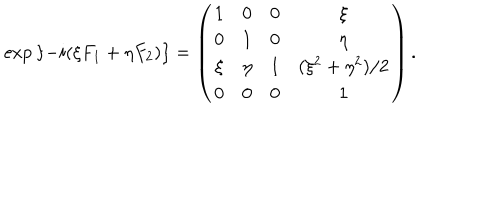
LaTeX: \exp { \left\{ - i ( \xi F _ { 1 } + \eta F _ { 2 } ) \right\} } = \left( \begin{matrix} { { 1 } } & { { 0 } } & { { 0 } } & { { \xi } } \\ { { 0 } } & { { 1 } } & { { 0 } } & { { \eta } } \\ { { \xi } } & { { \eta } } & { { 1 } } & { { ( \xi ^ { 2 } + \eta ^ { 2 } ) / 2 } } \\ { { 0 } } & { { 0 } } & { { 0 } } & { { 1 } } \\ \end{matrix} \right) .